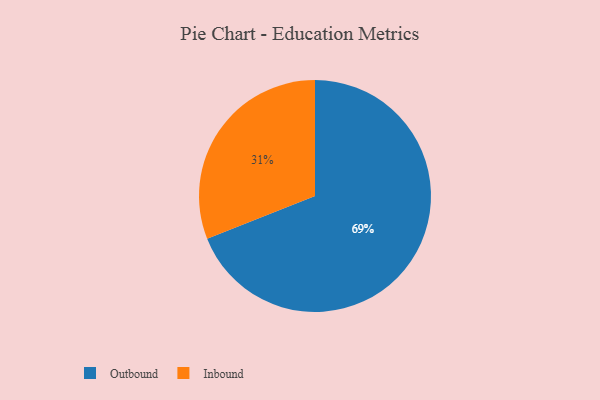
{"axis": {"x": "Category", "y": "Percentage"}, "legend": ["Inbound", "Outbound"], "data": [{"x": "Outbound", "y": 69, "type": "Outbound"}, {"x": "Inbound", "y": 31, "type": "Inbound"}]}